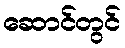
ဆောင်တွင်